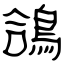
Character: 鴿